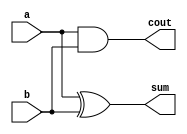
module HA_Behavioural(a,b,sum,cout);
  input a,b;
  output sum,cout;
  reg sum, cout;
  
  always @(a,b) begin
    #5 sum = a^b;
    #5 cout = a & b;
  end
endmodule